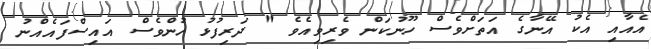
އެއާއި އެކު އޭނާގެ އަތަށްވެސް ހޫނުކަން ވެރިވިއެވެ " ދަރިފުޅު ހުންވެސް އައިސްފައެއްނު